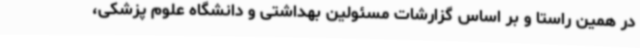
در همین راستا و بر اساس گزارشات مسئولین بهداشتی و دانشگاه علوم پزشکی،